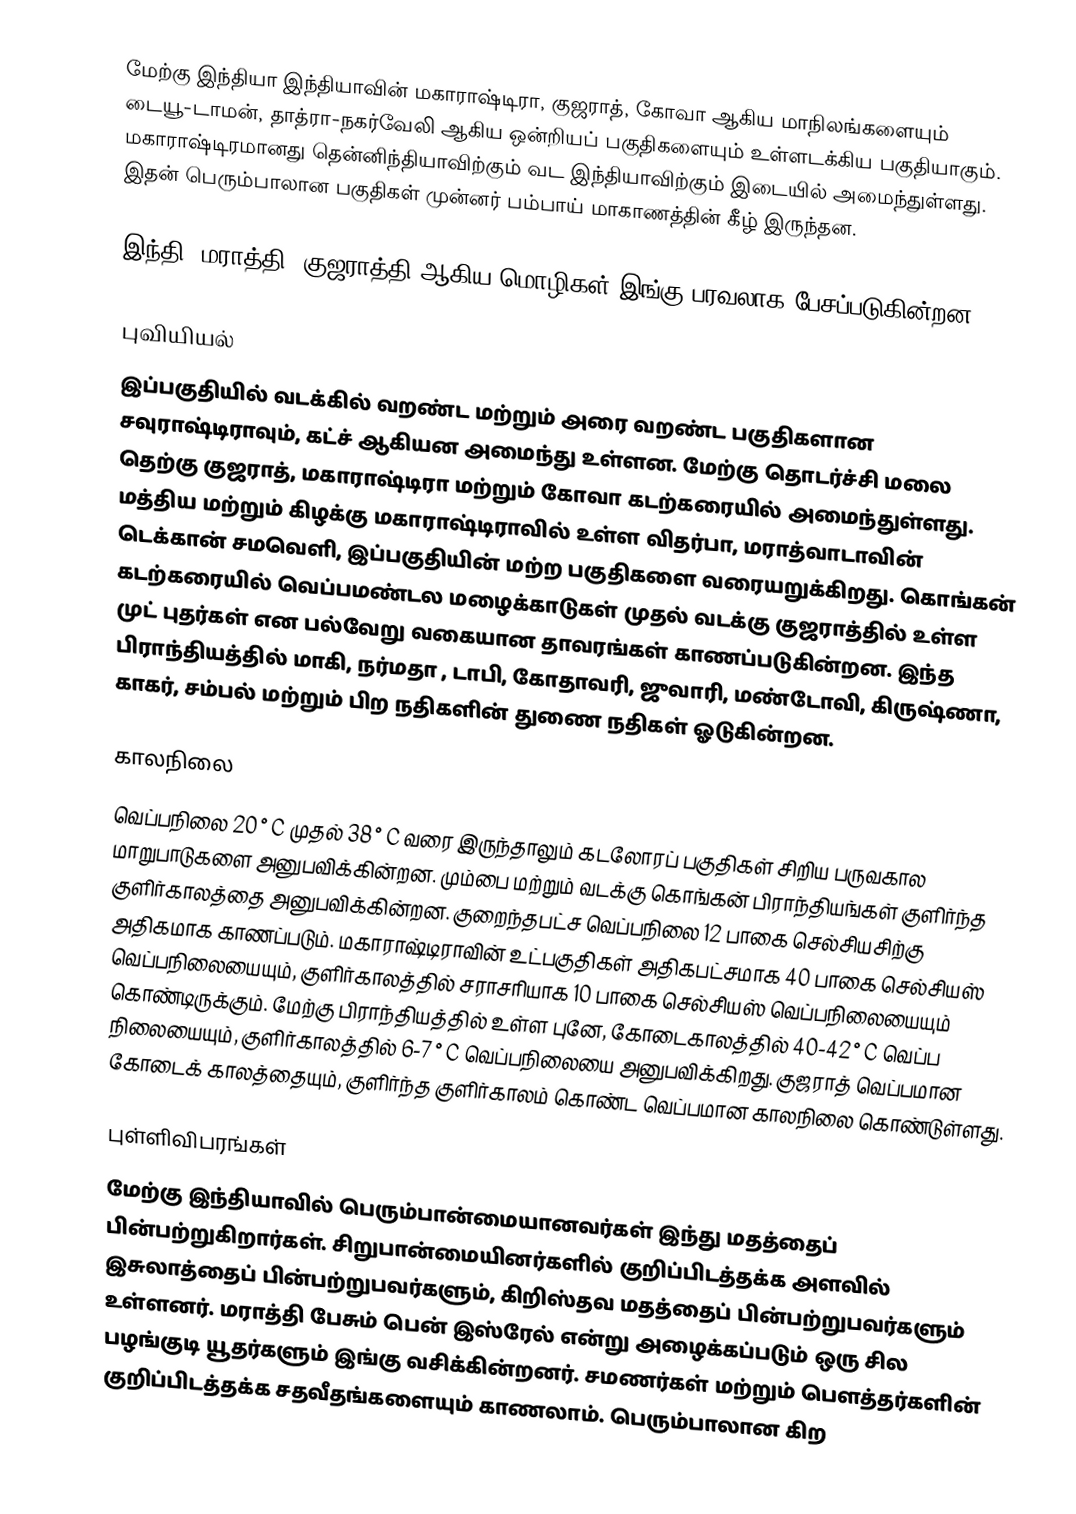
மேற்கு இந்தியா இந்தியாவின் மகாராஷ்டிரா, குஜராத், கோவா ஆகிய மாநிலங்களையும் டையூ-டாமன், தாத்ரா-நகர்வேலி ஆகிய ஒன்றியப் பகுதிகளையும் உள்ளடக்கிய பகுதியாகும். மகாராஷ்டிரமானது தென்னிந்தியாவிற்கும் வட இந்தியாவிற்கும் இடையில் அமைந்துள்ளது. இதன் பெரும்பாலான பகுதிகள் முன்னர் பம்பாய் மாகாணத்தின் கீழ் இருந்தன.

இந்தி, மராத்தி, குஜராத்தி ஆகிய மொழிகள் இங்கு பரவலாக பேசப்படுகின்றன.

புவியியல்
இப்பகுதியில் வடக்கில் வறண்ட மற்றும் அரை வறண்ட பகுதிகளான சவுராஷ்டிராவும், கட்ச் ஆகியன அமைந்து உள்ளன. மேற்கு தொடர்ச்சி மலை தெற்கு குஜராத், மகாராஷ்டிரா மற்றும் கோவா கடற்கரையில் அமைந்துள்ளது. மத்திய மற்றும் கிழக்கு மகாராஷ்டிராவில் உள்ள விதர்பா, மராத்வாடாவின் டெக்கான் சமவெளி, இப்பகுதியின் மற்ற பகுதிகளை வரையறுக்கிறது. கொங்கன் கடற்கரையில் வெப்பமண்டல மழைக்காடுகள் முதல் வடக்கு குஜராத்தில் உள்ள முட் புதர்கள் என பல்வேறு வகையான தாவரங்கள் காணப்படுகின்றன. இந்த பிராந்தியத்தில் மாகி, நர்மதா , டாபி, கோதாவரி, ஜுவாரி, மண்டோவி, கிருஷ்ணா, காகர், சம்பல் மற்றும் பிற நதிகளின் துணை நதிகள் ஓடுகின்றன.

காலநிலை
வெப்பநிலை 20 ° C முதல் 38 ° C வரை இருந்தாலும் கடலோரப் பகுதிகள் சிறிய பருவகால மாறுபாடுகளை அனுபவிக்கின்றன. மும்பை மற்றும் வடக்கு கொங்கன் பிராந்தியங்கள் குளிர்ந்த குளிர்காலத்தை அனுபவிக்கின்றன. குறைந்தபட்ச வெப்பநிலை 12 பாகை செல்சியசிற்கு அதிகமாக காணப்படும். மகாராஷ்டிராவின் உட்பகுதிகள்  அதிகபட்சமாக 40 பாகை செல்சியஸ் வெப்பநிலையையும், குளிர்காலத்தில்  சராசரியாக 10 பாகை செல்சியஸ் வெப்பநிலையையும் கொண்டிருக்கும். மேற்கு பிராந்தியத்தில் உள்ள புனே, கோடைகாலத்தில் 40-42 ° C வெப்ப நிலையையும், குளிர்காலத்தில் 6-7 ° C வெப்பநிலையை அனுபவிக்கிறது. குஜராத் வெப்பமான கோடைக் காலத்தையும், குளிர்ந்த குளிர்காலம் கொண்ட வெப்பமான காலநிலை கொண்டுள்ளது.

புள்ளிவிபரங்கள்
மேற்கு இந்தியாவில் பெரும்பான்மையானவர்கள் இந்து மதத்தைப் பின்பற்றுகிறார்கள். சிறுபான்மையினர்களில் குறிப்பிடத்தக்க அளவில் இசுலாத்தைப்  பின்பற்றுபவர்களும், கிறிஸ்தவ மதத்தைப் பின்பற்றுபவர்களும் உள்ளனர். மராத்தி பேசும் பென் இஸ்ரேல் என்று அழைக்கப்படும் ஒரு சில பழங்குடி யூதர்களும் இங்கு வசிக்கின்றனர். சமணர்கள் மற்றும் பௌத்தர்களின் குறிப்பிடத்தக்க சதவீதங்களையும் காணலாம். பெரும்பாலான கிற